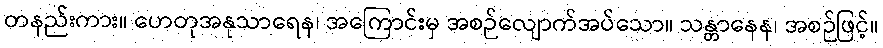
တနည်းကား။ ဟေတုအနုသာရေန၊ အကြောင်းမှ အစဉ်လျောက်အပ်သော။ သန္တာနေန၊ အစဉ်ဖြင့်။